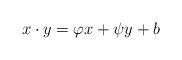
LaTeX: \begin{align*} x\cdot y = \varphi x + \psi y + b\end{align*}